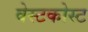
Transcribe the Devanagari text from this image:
वेस्टकोस्ट